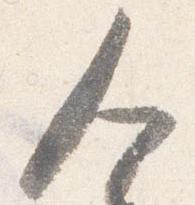
人